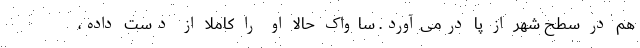
هم در سطح شهر از پا درمی‌آورد. ساواک حالا او را کاملا از دست داده،